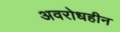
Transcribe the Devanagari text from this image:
अवरोधहीन